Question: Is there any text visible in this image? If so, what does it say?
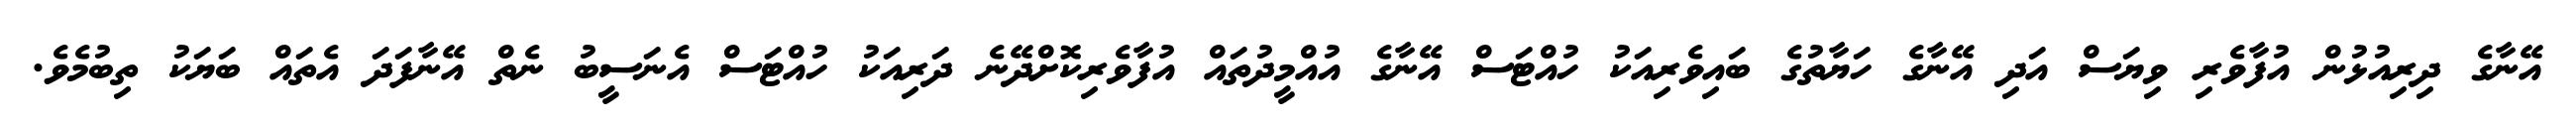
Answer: އޭނާގެ ދިރިއުޅުން އުފާވެރި ވިޔަސް އަދި އޭނާގެ ހަޔާތުގެ ބައިވެރިއަކު ހުއްޓަސް އޭނާގެ އުއްމީދުތައް އުފާވެރިކޮށްދޭނެ ދަރިއަކު ހުއްޓަސް އެނަސީބު ނެތް އޭނާފަދަ އެތައް ބަޔަކު ތިބުމެވެ.